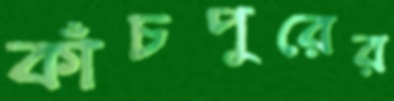
কাঁচপুরের